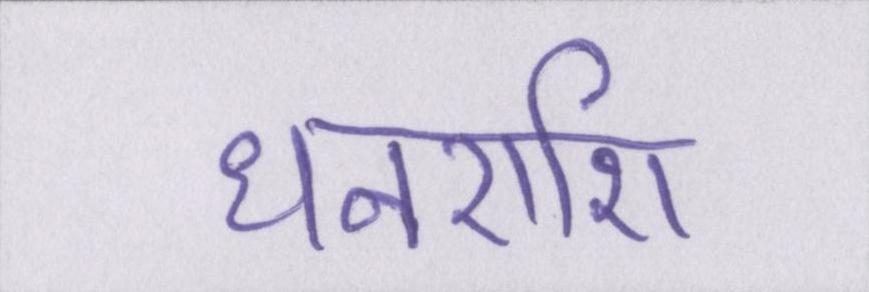
धनराशि